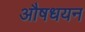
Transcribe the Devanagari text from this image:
औषधयन